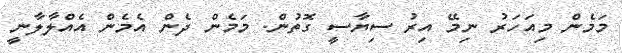
މަމެން މިއަހަރު ނިމޭ އިރު ސިޔާސީ ގޮތުން. މަމެން ދެން އެމެން އެއްލާލާނީ